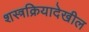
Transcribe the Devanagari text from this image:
शस्त्रक्रियादेखील